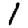
Digit: 1